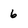
Character: 6